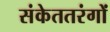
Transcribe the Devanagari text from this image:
संकेततरंगों